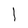
Character: 1